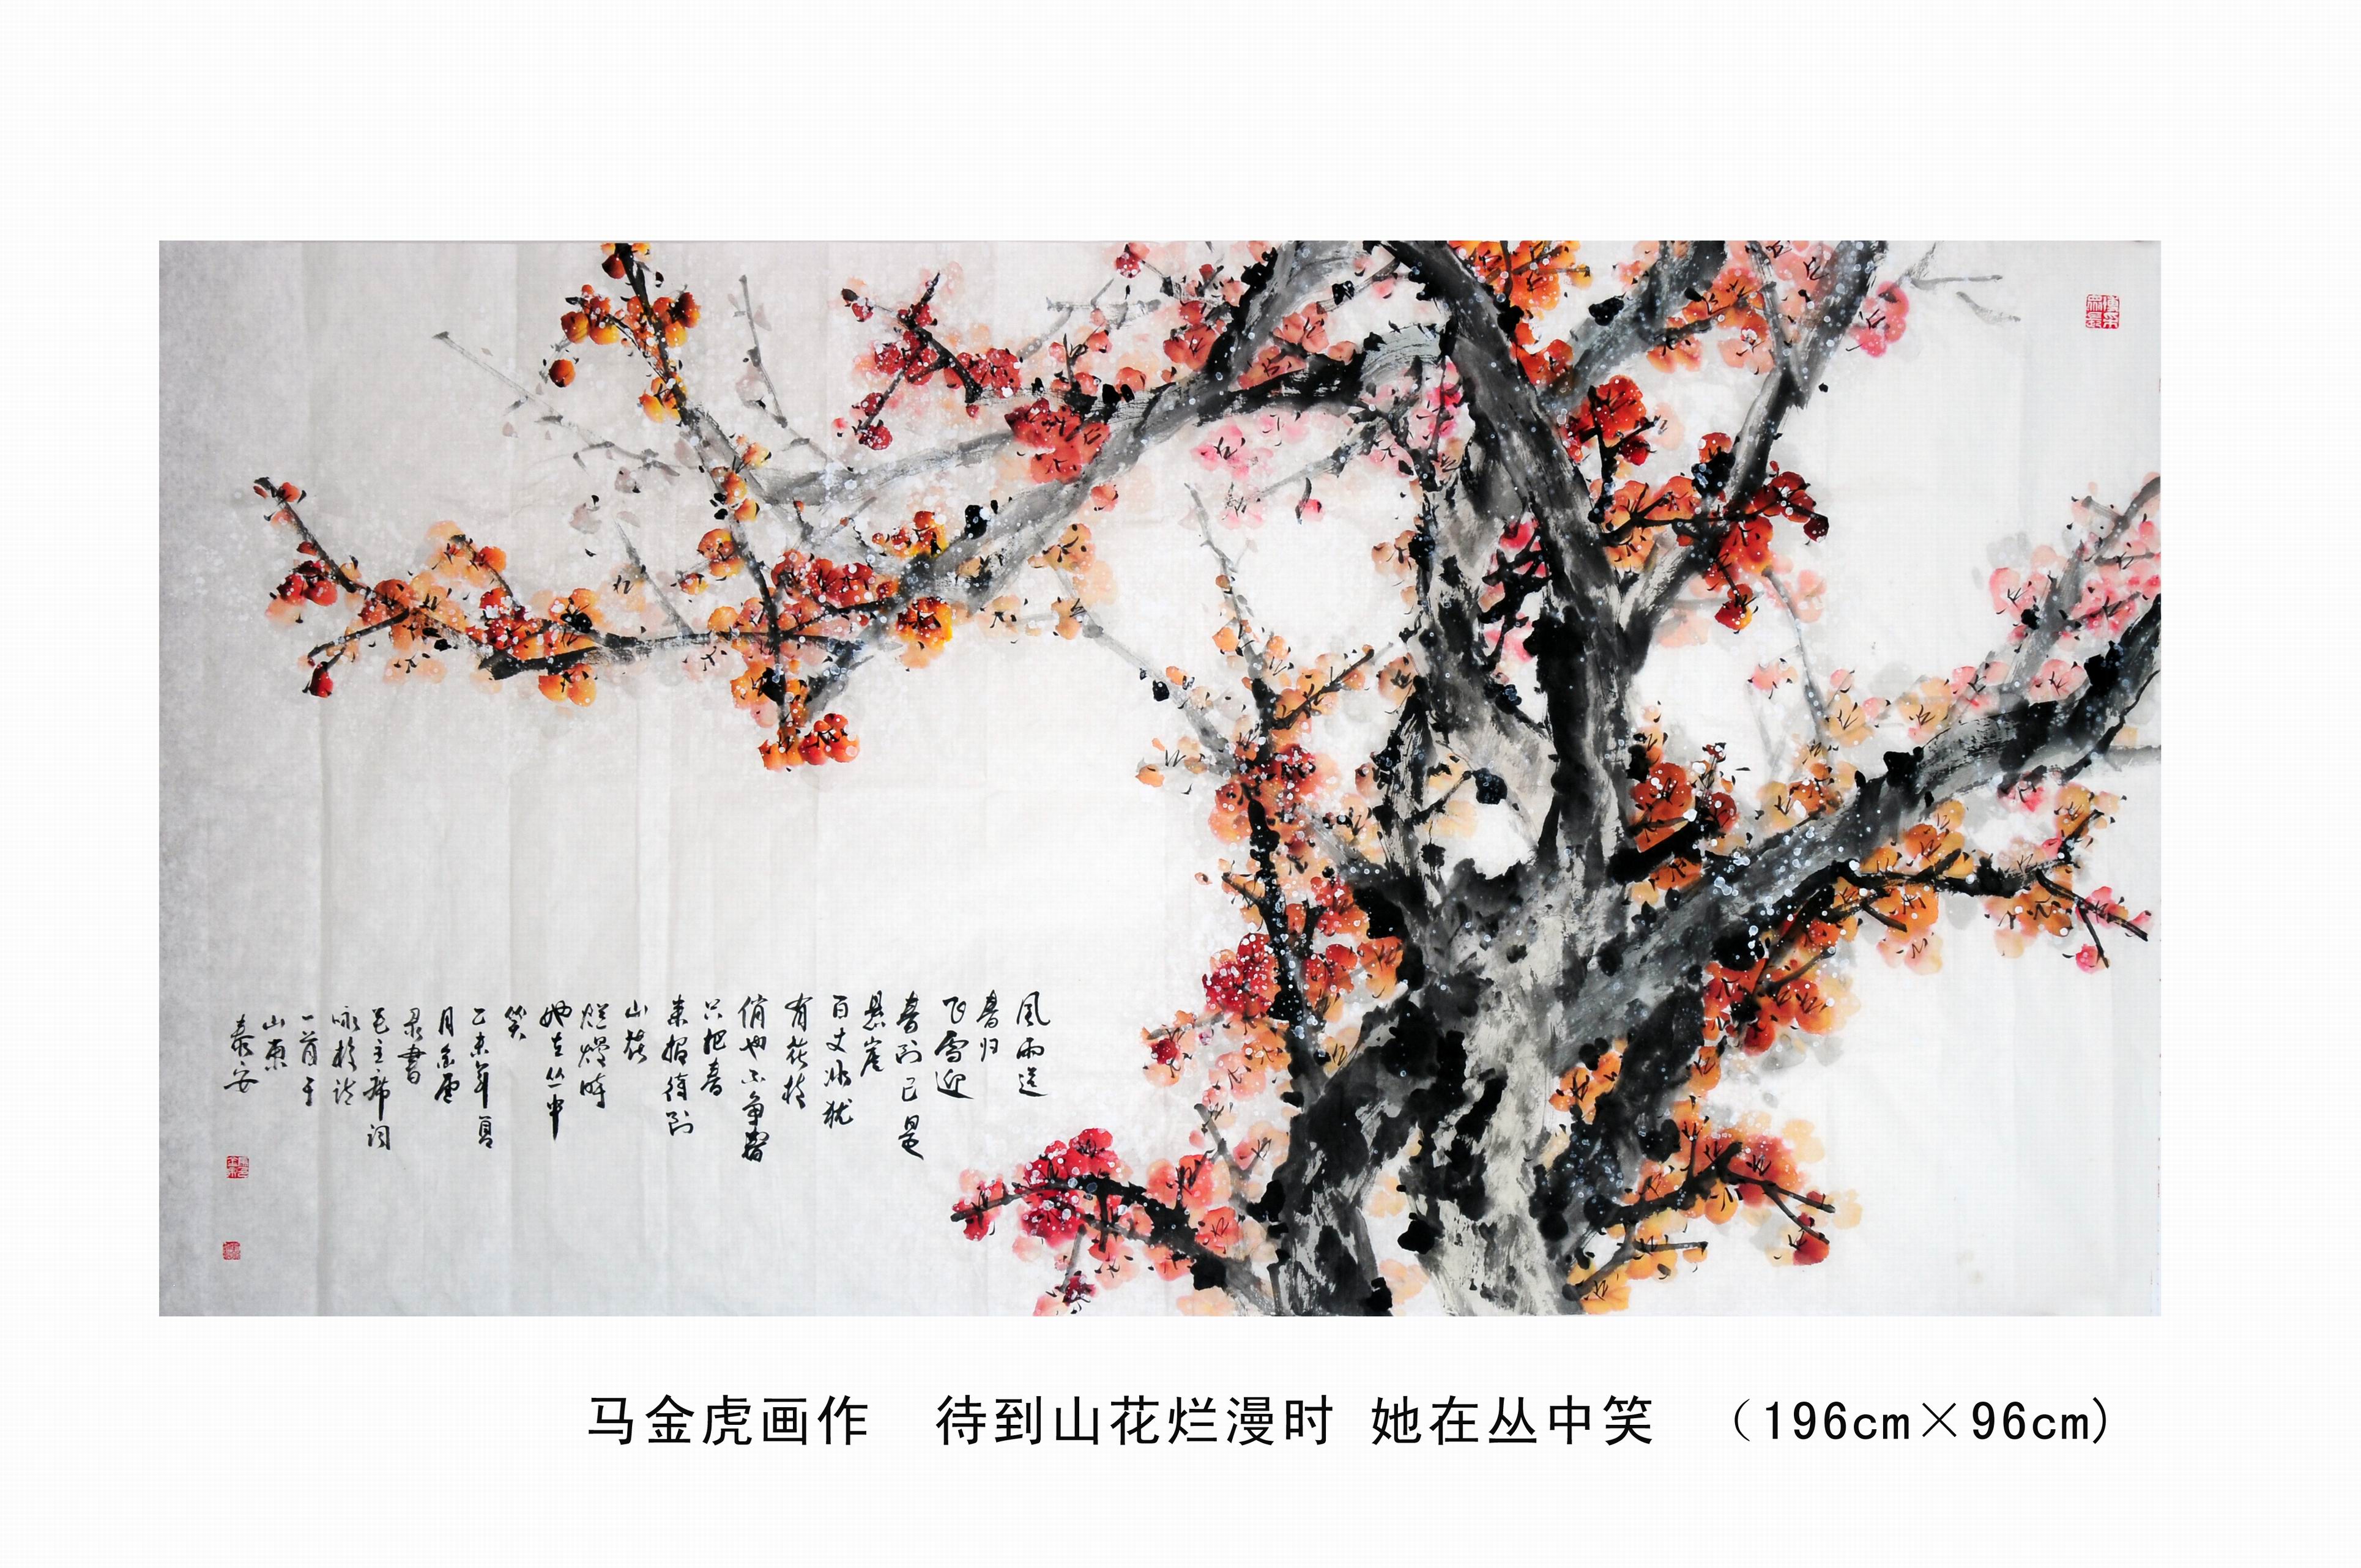
待到山花烂漫时，她在丛中笑。